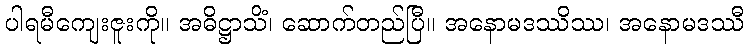
ပါရမီကျေးဇူးကို။ အဓိဋ္ဌာသိံ၊ ဆောက်တည်ပြီ။ အနောမဒဿိဿ၊ အနောမဒဿီ